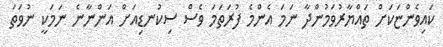
ކައިވެންޏަކަށް ތައްޔާރުވަމުންދާ ނަމަ އެންމެ ފުރަތަމަ ވެސް ސިކުނޑިއަށް އަންނާނެ ނަމަކީ ނުވަތަ